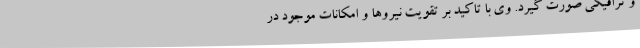
و ترافیکی صورت گیرد. وی با تاکید بر تقویت نیروها و امکانات موجود در